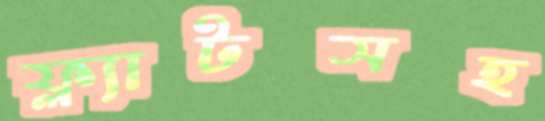
ফ্ল্যাটসহ